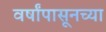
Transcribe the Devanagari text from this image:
वर्षांपासूनच्या